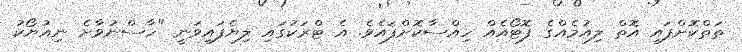
ތަތްކޮށްފައި އޮތް ލިއުމެއްގެ ފޮޓޯއެއް ހިއްސާކޮށްފައެވެ. އެ ޓްރަކުގައި ލިޔެފައިވަނީ "ހާސްނުވާށެ ނިއުޔޯކު